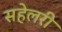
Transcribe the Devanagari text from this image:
सहेलरी